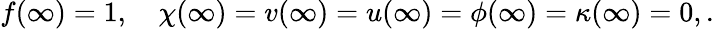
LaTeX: f(\infty)=1,\quad\chi(\infty)=v(\infty)=u(\infty)=\phi(\infty)=\kappa(\infty)=0,.